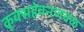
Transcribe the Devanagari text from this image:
कुक्सहेवनजवळ